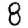
Digit: 8